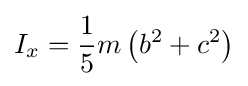
I_{x}={\frac {1}{5}}m\left(b^{2}+c^{2}\right)\,\!